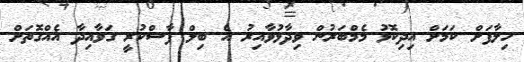
ހިލާފަށް ކަމަށް އިދިކޮޅު މެމްބަރުން ވިދާޅުވާއިރު އެ ބިލް ފާސްކުރީ ގަވާއިދާ އެއްގޮތަށް